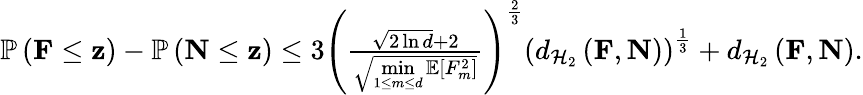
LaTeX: \begin{array}{r}{\mathbb{P}\left(\mathbf{F}\leq\mathbf{z}\right)-\mathbb{P}\left(\mathbf{N}\leq\mathbf{z}\right)\leq 3\left(\frac{\sqrt{2\ln d}+2}{\sqrt{\underset{1\leq m\leq d}{\operatorname*{min}}\mathbb{E}[F_{m}^{2}]}}\right)^{\frac{2}{3}}\left(d_{\mathcal{H}_{2}}\left(\mathbf{F},\mathbf{N}\right)\right)^{\frac{1}{3}}+d_{\mathcal{H}_{2}}\left(\mathbf{F},\mathbf{N}\right).}\end{array}